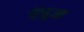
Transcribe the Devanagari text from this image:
चेंचुआ